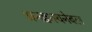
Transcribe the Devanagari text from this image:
अनक्वस्चनेबल